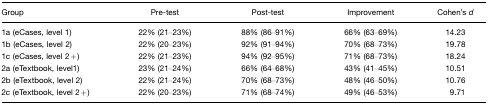
| Group | Pre-test | Post-test | Improvement | Cohen's d |
 | --- | --- | --- | --- | --- |
 | 1a (eCases, level 1) | 22% (21–23%) | 88% (86–91%) | 66% (63–69%) | 14.23 |
 | 1b (eCases, level 2) | 22% (20–23%) | 92% (91–94%) | 70% (68–73%) | 19.78 |
 | 1c (eCases, level 2+) | 22% (21–23%) | 94% (92–95%) | 71% (68–73%) | 18.24 |
 | 2a (eTextbook, level1) | 23% (21–24%) | 66% (64–68%) | 43% (41–45%) | 10.51 |
 | 2b (eTextbook, level 2) | 22% (21–24%) | 70% (68–73%) | 48% (46–50%) | 10.76 |
 | 2c (eTextbook, level 2+) | 22% (20–23%) | 71% (68–74%) | 49% (46–53%) | 9.71 |